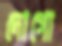
দোগো